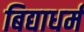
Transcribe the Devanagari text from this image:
बिद्याधर्म